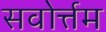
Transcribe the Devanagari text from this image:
सवोर्त्तम